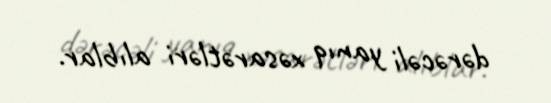
dərəcəli yanıq xəsarətləri alıblar.